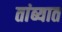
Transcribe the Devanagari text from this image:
तांब्यात